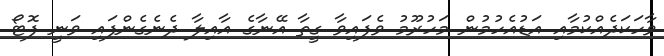
ވާހަކަދެއްކުމާއި އަޑުއެހުމުން މަހުރޫމު ވެފައިވާ ގީތާ އޭނާގެ އާއިލާ ދެނެގެންފައި ވަނީ ފޮޓޯ